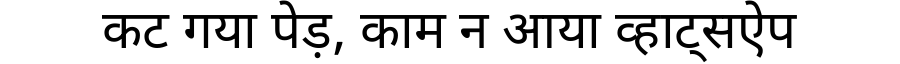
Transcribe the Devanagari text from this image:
कट गया पेड़, काम न आया व्हाट्सऐप